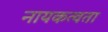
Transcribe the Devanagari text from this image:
नायकत्वता